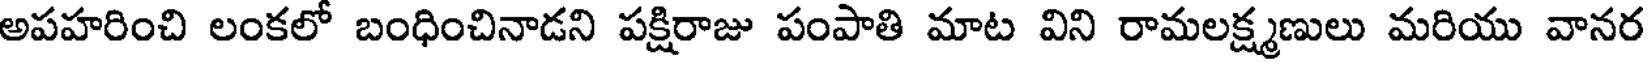
అపహరించి లంకలో బంధించినాడని పక్షిరాజు పంపాతి మాట విని రామలక్ష్మణులు మరియు వానర